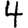
Digit: 4